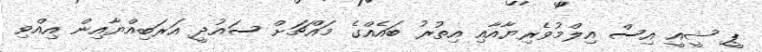
ޕީ ޝީއީ އިސް އިލްމުވެރިޔާއާއި އިތުރު ބައެއްގެ މައްޗަށް ސައުދީ އަރަބިއްޔާއިން އިއްވި